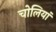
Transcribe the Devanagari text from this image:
चोलियां